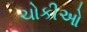
ચોકીઓ